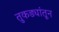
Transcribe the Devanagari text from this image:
तुकड्यांतून